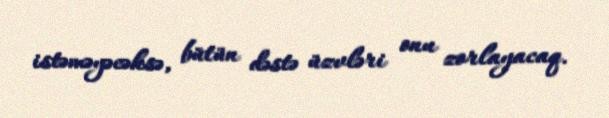
istəməyəcəksə, bütün dəstə üzvləri onu zorlayacaq.